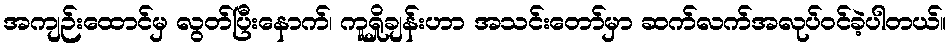
အကျဉ်းထောင်မှ လွတ်ပြီးနောက်၊ ကူရှိုချန်းဟာ အသင်းတော်မှာ ဆက်လက်အလုပ်ဝင်ခဲ့ပါတယ်။